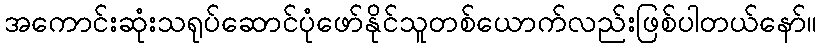
အကောင်းဆုံးသရုပ်ဆောင်ပုံဖော်နိုင်သူတစ်ယောက်လည်းဖြစ်ပါတယ်နော်။